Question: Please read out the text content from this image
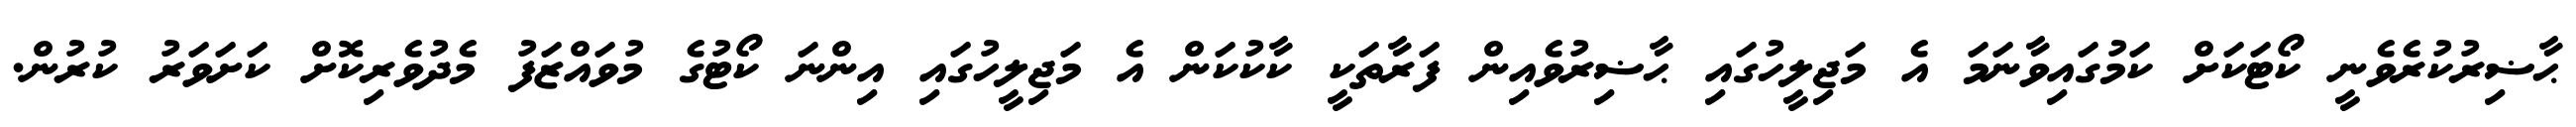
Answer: ޙާޟިރުކުރެވެނީ ކޯޓަކަށް ކަމުގައިވާނަމަ އެ މަޖިލީހުގައި ޙާޟިރުވެއިން ފަރާތަކީ ކާކުކަން އެ މަޖިލީހުގައި އިންނަ ކޯޓުގެ މުވައްޒަފު މެދުވެރިކޮށް ކަށަވަރު ކުރުން.